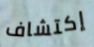
إكتشاف